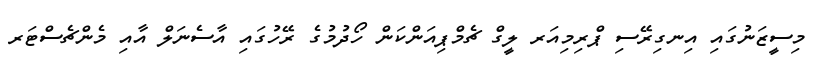
މިސީޒަނުގައި އިނގިރޭސި ޕްރިމިއަރ ލީގް ޗެމްޕިއަންކަން ހޯދުމުގެ ރޭހުގައި އާސެނަލް އާއި މެންޗެސްޓަރ